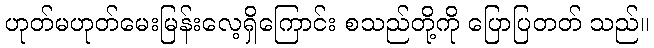
ဟုတ်မဟုတ်မေးမြန်းလေ့ရှိကြောင်း စသည်တို့ကို ပြောပြတတ် သည်။